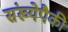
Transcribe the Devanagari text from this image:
संख्येपैकी